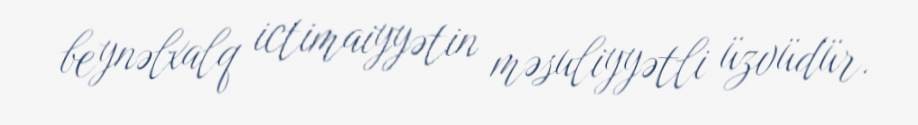
beynəlxalq ictimaiyyətin məsuliyyətli üzvüdür.